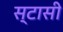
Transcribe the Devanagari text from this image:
स्टासी